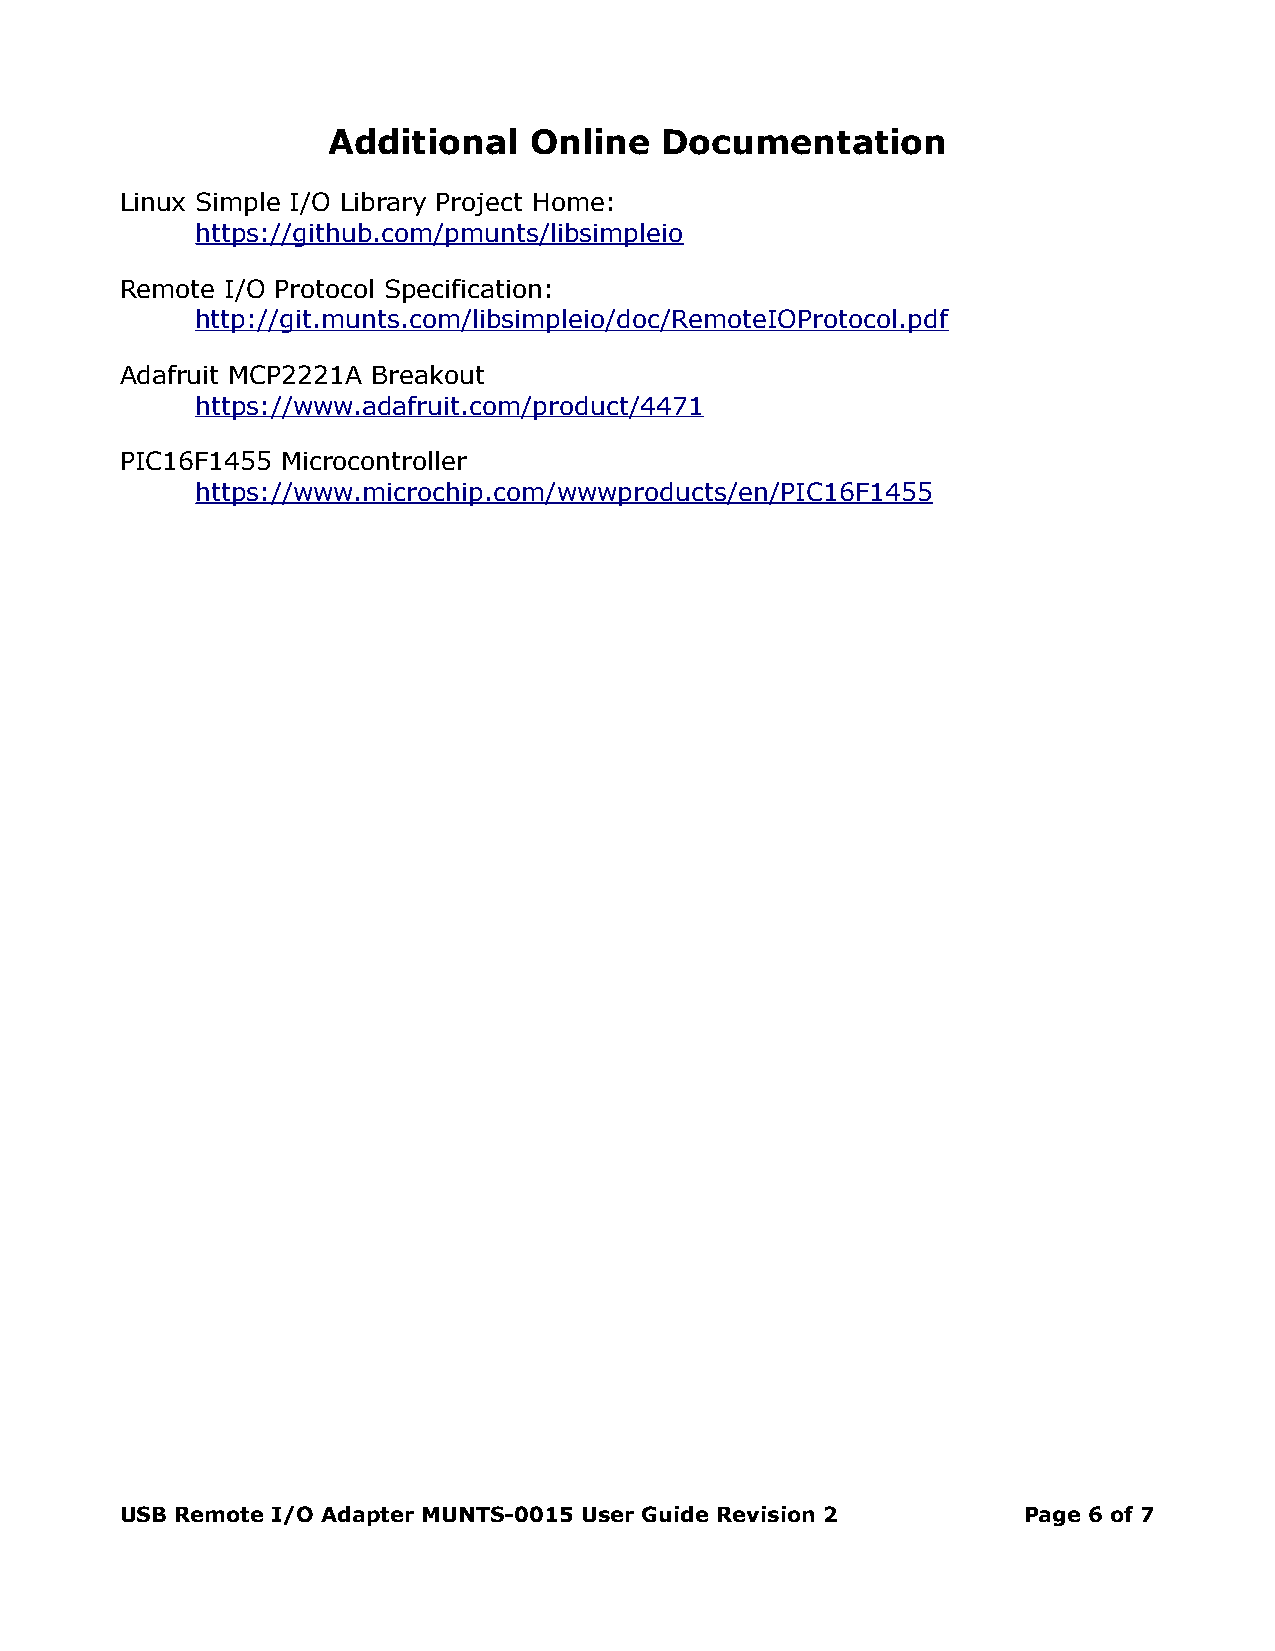
Additional   Online   Documentation
 Linux Simple I/O Library Project Home:
 https://github.com/pmunts/libsimpleio
 Remote I/O Protocol Specification:
 http://git.munts.com/libsimpleio/doc/RemoteIOProtocol.pdf
 Adafruit MCP2221A Breakout
 https://www.adafruit.com/product/4471
 PIC16F1455 Microcontroller
 https://www.microchip.com/wwwproducts/en/PIC16F1455
 USB Remote I/O Adapter MUNTS-0015 User Guide Revision 2     Page 6 of 7